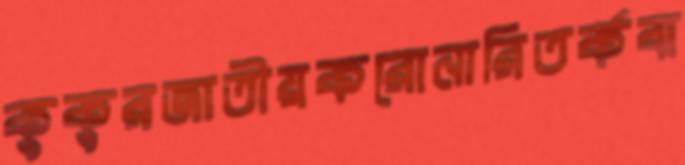
কুকুরজাতীয়করোনারিতর্কবা